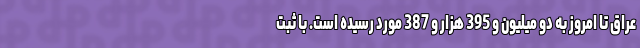
عراق تا امروز به دو میلیون و 395 هزار و 387 مورد رسیده است. با ثبت